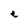
Character: e